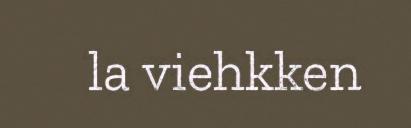
la viehkken